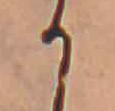
か